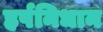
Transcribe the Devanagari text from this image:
हर्षनिधान